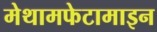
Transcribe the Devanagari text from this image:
मेथामफेटामाइन